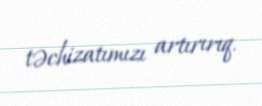
təchizatımızı artırırıq.